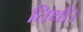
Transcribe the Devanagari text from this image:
तिथौ।